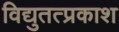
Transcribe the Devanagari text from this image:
विद्युतत्प्रकाश